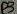
Text: D3